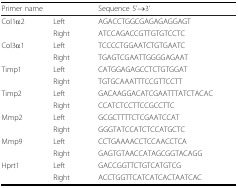
<table><thead><tr><td colspan="2"><b>Primer name</b></td><td><b>Sequence 5&#x27;→3&#x27;</b></td></tr></thead><tbody><tr><td>Col1α2</td><td>Left</td><td>AGACCTGGCGAGAGAGGAGT</td></tr><tr><td></td><td>Right</td><td>ATCCAGACCGTTGTGTCCTC</td></tr><tr><td>Col3α1</td><td>Left</td><td>TCCCCTGGAATCTGTGAATC</td></tr><tr><td></td><td>Right</td><td>TGAGTCGAATTGGGGAGAAT</td></tr><tr><td>Timp1</td><td>Left</td><td>CATGGAGAGCCTCTGTGGAT</td></tr><tr><td></td><td>Right</td><td>TGTGCAAATTTCCGTTCCTT</td></tr><tr><td>Timp2</td><td>Left</td><td>GACAAGGACATCGAATTTATCTACAC</td></tr><tr><td></td><td>Right</td><td>CCATCTCCTTCCGCCTTC</td></tr><tr><td>Mmp2</td><td>Left</td><td>GCGCTTTTCTCGAATCCAT</td></tr><tr><td></td><td>Right</td><td>GGGTATCCATCTCCATGCTC</td></tr><tr><td>Mmp9</td><td>Left</td><td>CCTGAAAACCTCCAACCTCA</td></tr><tr><td></td><td>Right</td><td>GAGTGTAACCATAGCGGTACAGG</td></tr><tr><td>Hprt1</td><td>Left</td><td>GACCGGTTCTGTCATGTCG</td></tr><tr><td></td><td>Right</td><td>ACCTGGTTCATCATCACTAATCAC</td></tr></tbody></table>